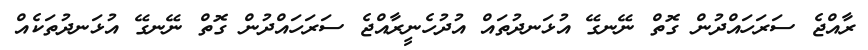
ރާއްޖެ ސަރަހައްދުން ގޮތް ނޭނގޭ އުޅަނދުތައް އުދުހެނީރާއްޖެ ސަރަހައްދުން ގޮތް ނޭނގޭ އުޅަނދުތަކެއް